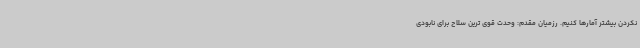
نکردن بیشتر آمارها کنیم. رزمیان مقدم: وحدت قوی ترین سلاح برای نابودی